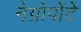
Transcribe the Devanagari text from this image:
नेग्रोपोंटे